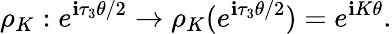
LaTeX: {\rho}_{K}:e^{\mathbf{i}{\tau}_{3}\theta/2}\rightarrow{\rho}_{K}(e^{\mathbf{i}{\tau}_{3}\theta/2})=e^{\mathbf{i}K\theta}.